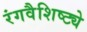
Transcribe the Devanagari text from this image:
रंगवैशिष्ट्ये